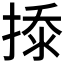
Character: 𰔎